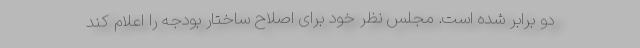
دو برابر شده است. مجلس نظر خود برای اصلاح ساختار بودجه را اعلام کند